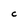
Character: C